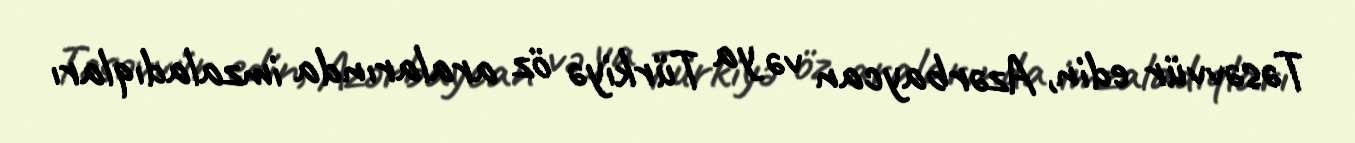
Təsəvvür edin, Azərbaycan və ya Türkiyə öz aralarında imzaladıqları